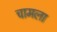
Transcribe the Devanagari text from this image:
चामला